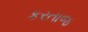
કરતાજ